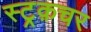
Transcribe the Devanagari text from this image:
स्ट्रक़चर